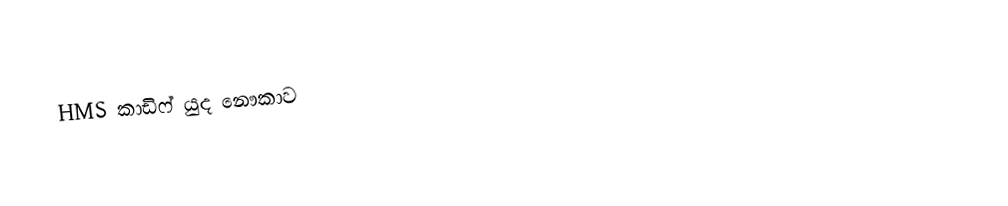
HMS කාඩිෆ් යුද නෞකාව